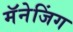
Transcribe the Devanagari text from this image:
मॅनेजिंग